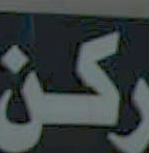
ركـن